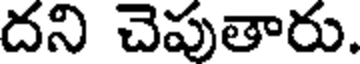
దని చెపుతారు.